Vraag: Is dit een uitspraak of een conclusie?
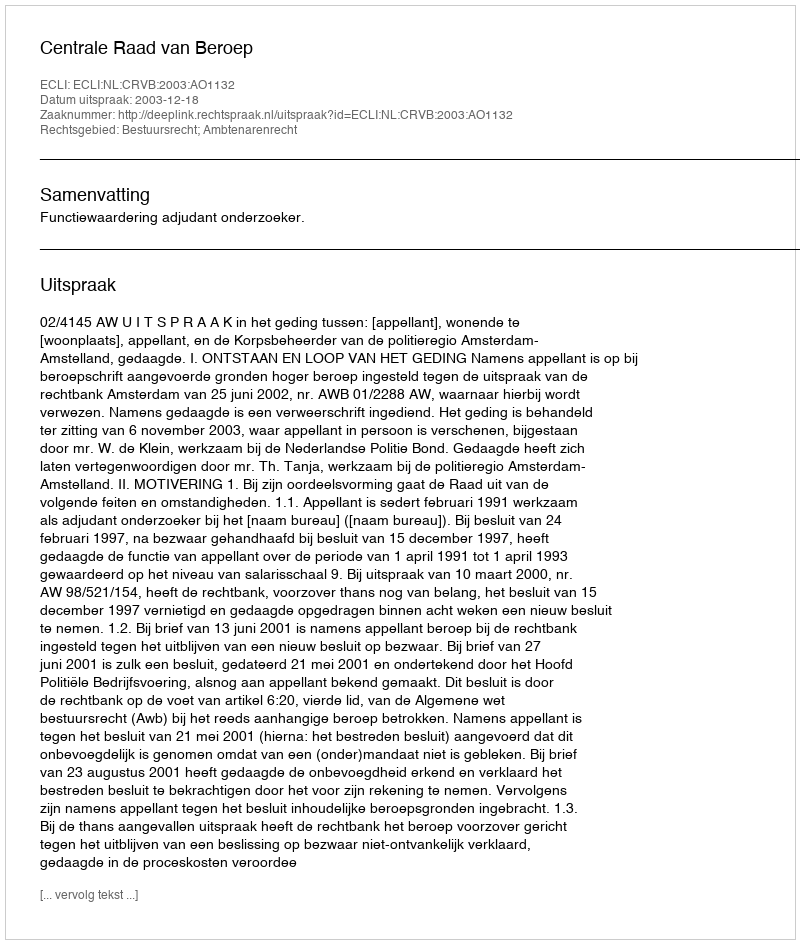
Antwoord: Uitspraak